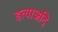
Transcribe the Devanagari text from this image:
इत्याअदि